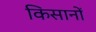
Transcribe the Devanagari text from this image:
किसानोंं